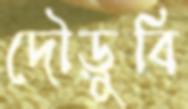
দৌড়ুবি